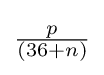
{\textstyle {\frac {p}{(36+n)}}}